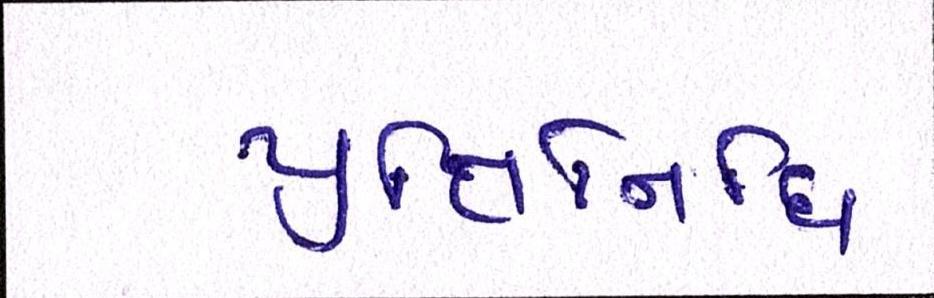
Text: પ્રતિનિધી